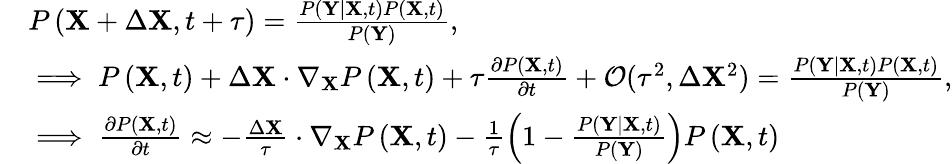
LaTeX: \begin{array}{rl}&{P\left(\mathbf{X}+\Delta\mathbf{X},t+\tau\right)=\frac{P\left(\mathbf{Y}\mid\mathbf{X},t\right)P\left(\mathbf{X},t\right)}{P\left(\mathbf{Y}\right)},}\\ &{\implies P\left(\mathbf{X},t\right)+\Delta\mathbf{X}\cdot\nabla_{\mathbf{X}}P\left(\mathbf{X},t\right)+\tau\frac{\partial P\left(\mathbf{X},t\right)}{\partial t}+\mathcal{O}(\tau^{2},\Delta\mathbf{X}^{2})=\frac{P\left(\mathbf{Y}\mid\mathbf{X},t\right)P\left(\mathbf{X},t\right)}{P\left(\mathbf{Y}\right)},}\\ &{\implies\frac{\partial P\left(\mathbf{X},t\right)}{\partial t}\approx-\frac{\Delta\mathbf{X}}{\tau}\cdot\nabla_{\mathbf{X}}P\left(\mathbf{X},t\right)-\frac{1}{\tau}\left(1-\frac{P\left(\mathbf{Y}\mid\mathbf{X},t\right)}{P\left(\mathbf{Y}\right)}\right)P\left(\mathbf{X},t\right)}\end{array}